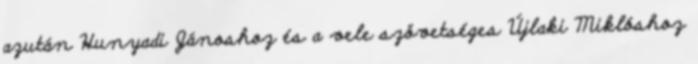
azután Hunyadi Jánoshoz és a vele szövetséges Újlaki Miklóshoz